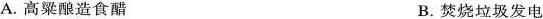
A. 高粱酿造食醋 B. 焚烧垃圾发电